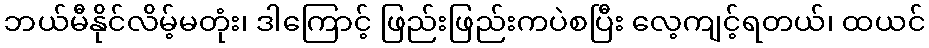
ဘယ်မီနိုင်လိမ့်မတုံး၊ ဒါကြောင့် ဖြည်းဖြည်းကပဲစပြီး လေ့ကျင့်ရတယ်၊ ထယင်